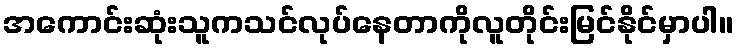
အကောင်းဆုံးသူကသင်လုပ်နေတာကိုလူတိုင်းမြင်နိုင်မှာပါ။